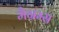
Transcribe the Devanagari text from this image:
मैग्रम्स